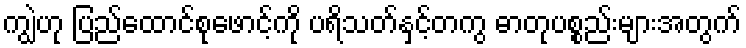
ကျွဲဟု ပြည်ထောင်စုဖောင့်ကို ပရိသတ်နှင့်တကွ ဓာတုပစ္စည်းများအတွက်